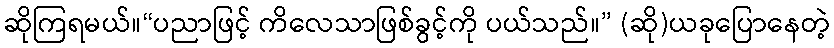
ဆိုကြရမယ်။“ပညာဖြင့် ကိလေသာဖြစ်ခွင့်ကို ပယ်သည်။” (ဆို)ယခုပြောနေတဲ့